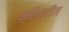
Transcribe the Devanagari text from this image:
क्रिस्टीज